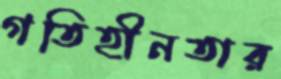
গতিহীনতার